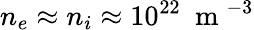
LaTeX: n_{e}\approx n_{i}\approx 10^{22}\ \mathrm{~m~}^{-3}